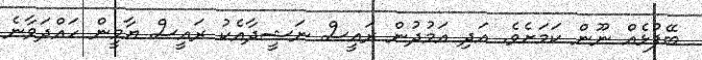
ބޭފުޅެއް ނޫން ކަމަށެވެ. އަދި އަމުދުން ރައީސް ނަޝީދާއެކު ރައީސް ޔާމީން ހައްދަވާނެ